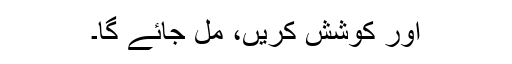
اور کوشش کریں، مل جائے گا۔